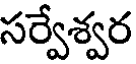
సర్వేశ్వర